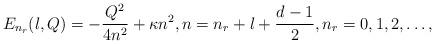
LaTeX: \begin{align*} E_{n_r}(l,Q) = - \frac{Q^2}{4n^2} + \kappa n^2, n = n_r + l + \frac{d-1}{2}, n_r = 0, 1, 2, \ldots,\end{align*}